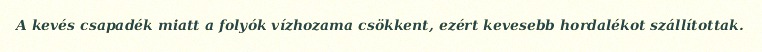
A kevés csapadék miatt a folyók vízhozama csökkent, ezért kevesebb hordalékot szállítottak.